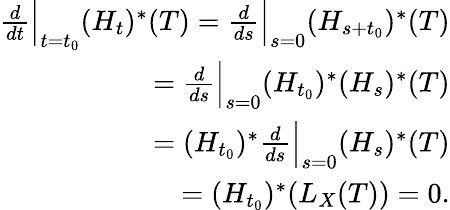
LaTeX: \begin{array}{r}{\frac{d}{dt}\Bigr|_{t=t_{0}}(H_{t})^{*}(T)=\frac{d}{ds}\Bigr|_{s=0}(H_{s+t_{0}})^{*}(T)}\\ {=\frac{d}{ds}\Bigr|_{s=0}(H_{t_{0}})^{*}(H_{s})^{*}(T)}\\ {=(H_{t_{0}})^{*}\frac{d}{ds}\Bigr|_{s=0}(H_{s})^{*}(T)}\\ {=(H_{t_{0}})^{*}(L_{X}(T))=0.}\end{array}